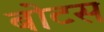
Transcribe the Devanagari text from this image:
बोटस